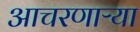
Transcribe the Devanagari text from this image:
आचरणाऱ्या